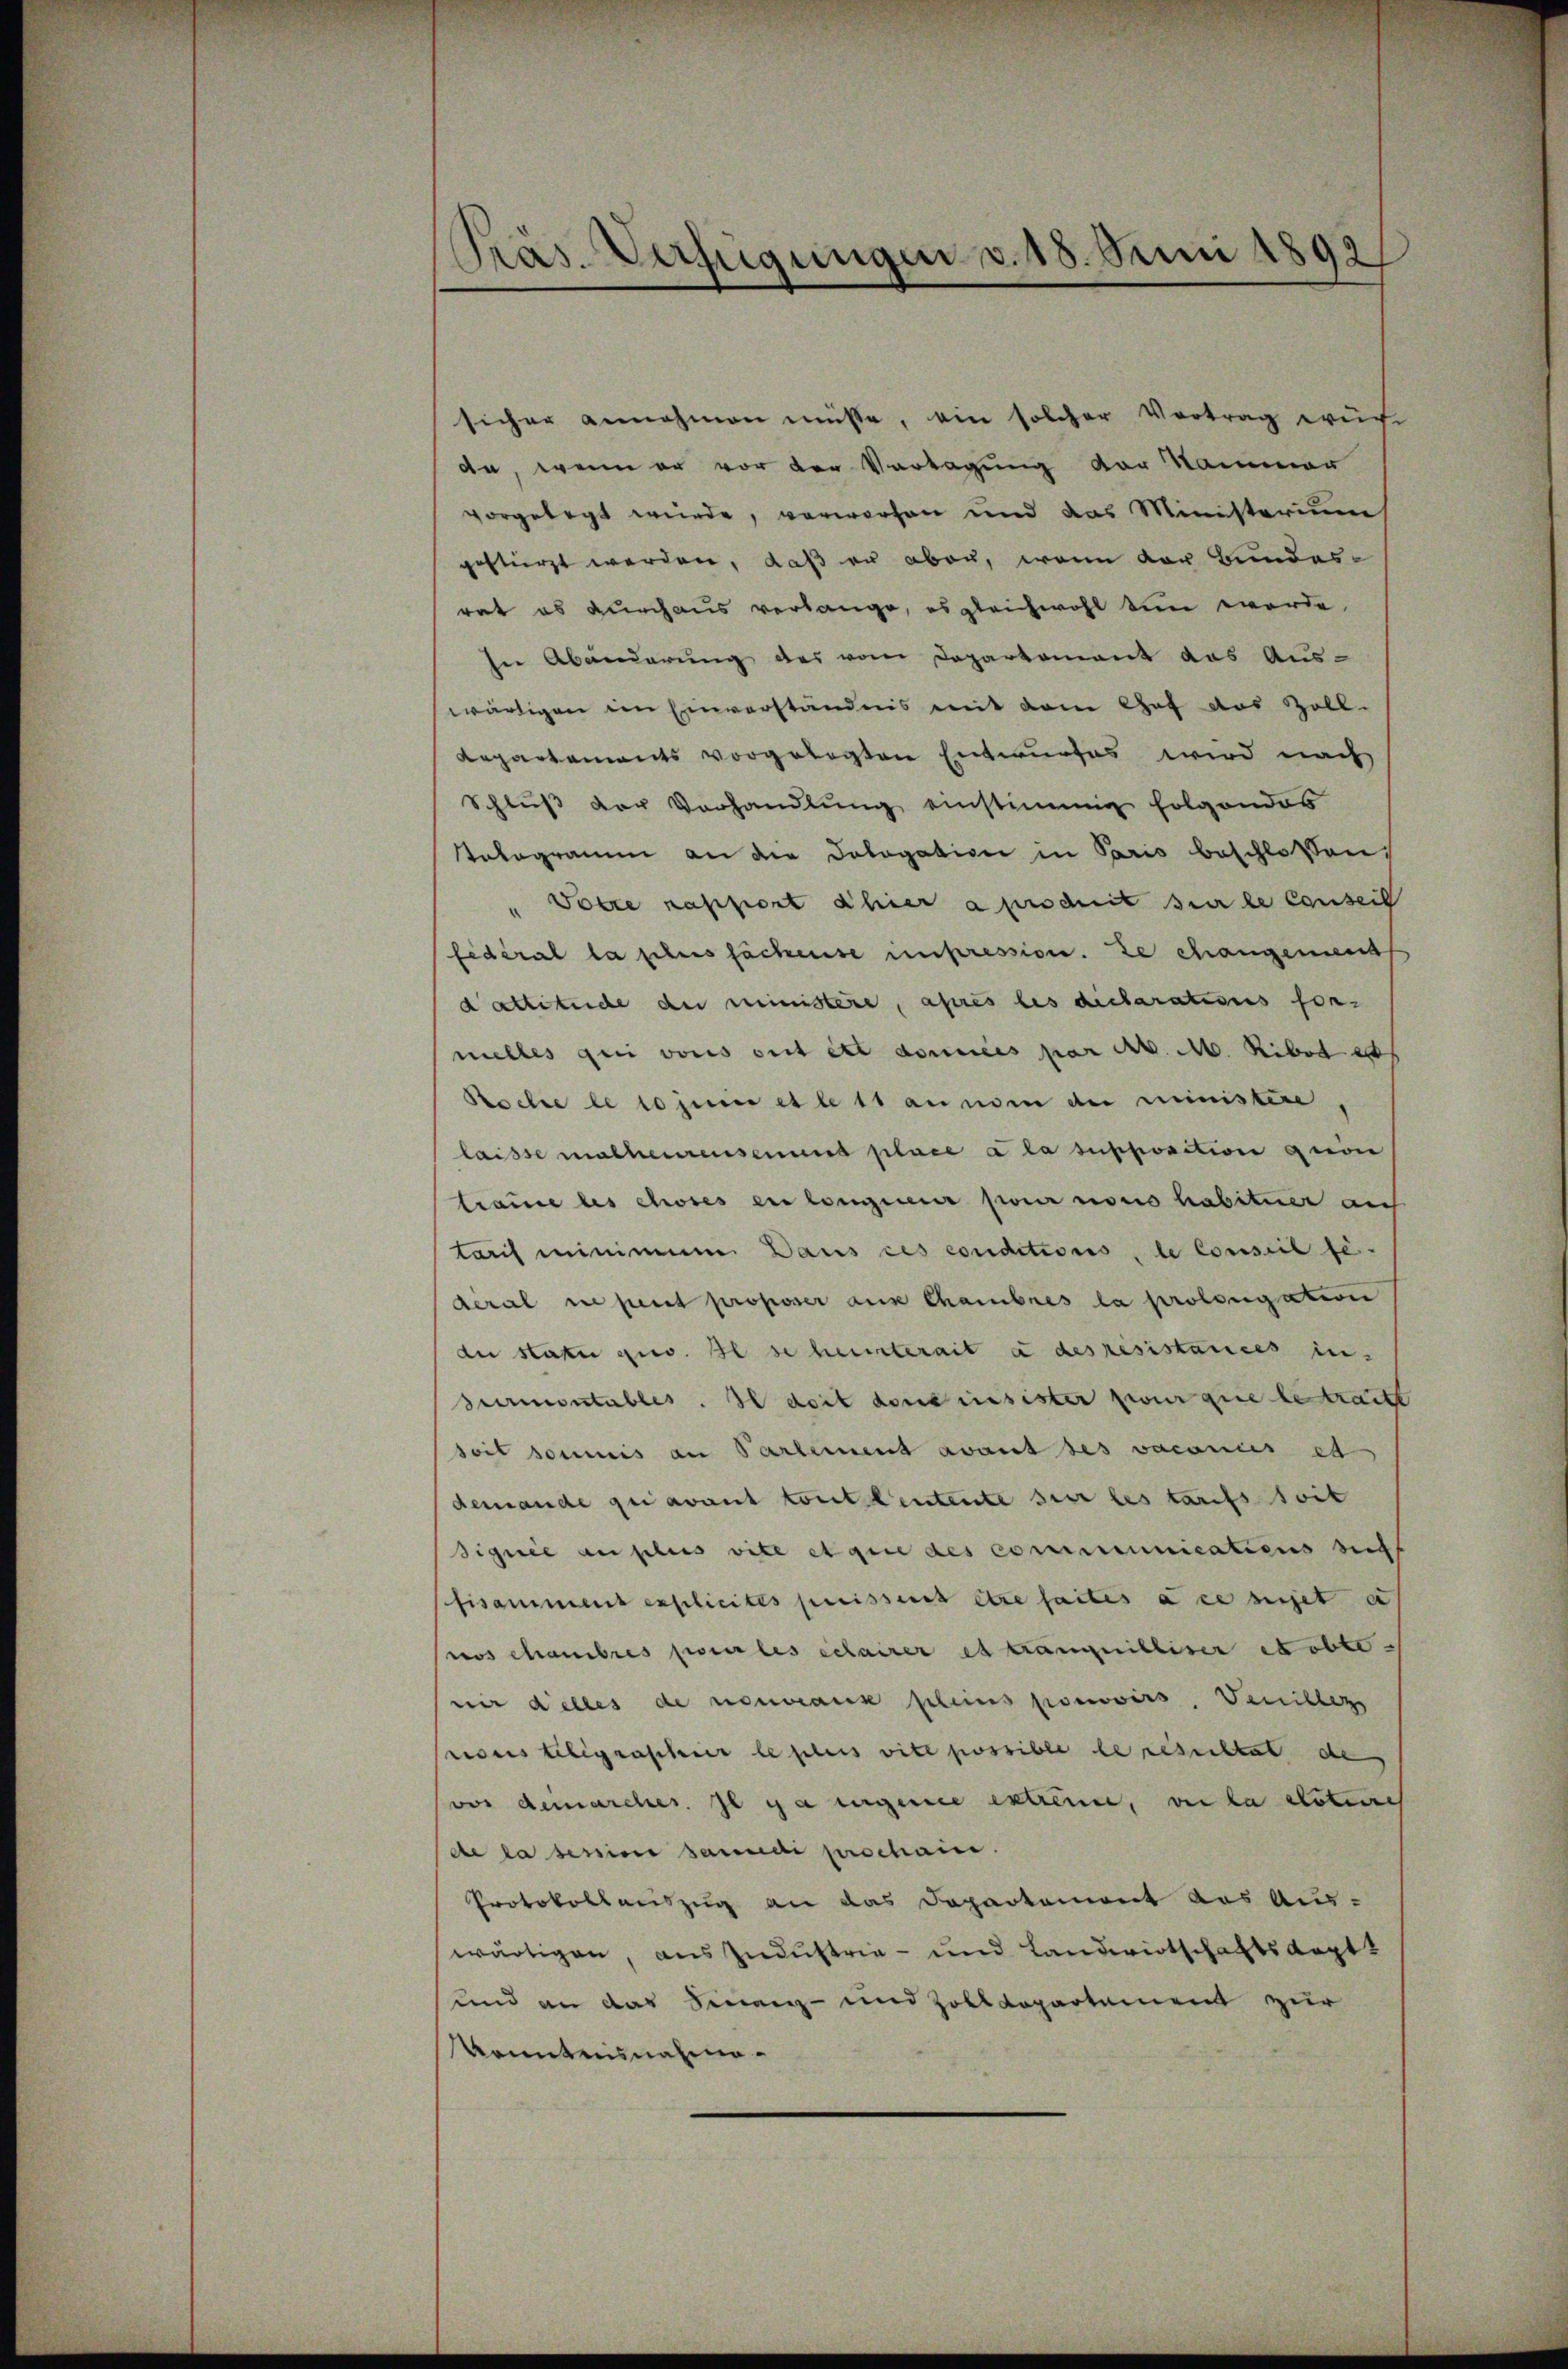
Pras. Verfügungen v. 18. Juni 1892/

sicher annehmen müsse, ein solcher Vortrag erur
da, wenn er vor der Vertagung der Nammer
vorgelegt wurde, verworfen und das Ministerium
gestürzt werden, daß er aber, wenn der Bundesrat es durchaus verlange, es gleichwohl tun werde.
In Abänderung des vom Departement das Aus-
wärtigen im Einverständnis mit dem Chef das Zoll-
Repartements vorgelegten Entwurfes wird nach
Schlŭβ der Vorhandlŭng einstimmig folgendes
stalogramm an die Dologation in Paris beschloßen,
Votre nassiert hier a produit sur le causei
fédéral la sches Fächense unpression. Le changement
dattetuche der ministere, après les declarations for-
melles qui vons ont et données par d. M. Ribot als
Roche le so zum es lett annom der ministere
laisse matheurenseines place a la supposition quoi
traue les choses en longierer pour so habiturer auch
tarch minimum Dans ces conditions, le Conseil fe-
deral ne peut proposer aus Chambres la prolongation
de statte gew. Ilse heuterait à des résistances in
Surmontables. Il doit denseinesister zwar que le traitt
soit soumis an Partement avant des vacances et
demande qui avant tout leutente sur les tarifs soit
signie au plus vite et que des communications beif
Pfisammens explicites puissent être faites à ce sichet a
Pros chambres pour les eclairer et tranquilliser et obte
wir delles de nouveaux pleins promovirs, Vanilleze
ricus religraschier le plus vite possible de resultat de
vor deinarcher. Il y a ergence extreme, vie la dotire
de la seiner sanidi prochaire.
Protokollauszug an das Departement des Aus-
wärtigen, aus Ziedustrie- und Landwirtschaftskept
und an das Finanz- und Zolldepartement zur
Kenntnisnahme.